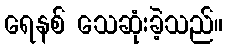
ရေနစ် သေဆုံးခဲ့သည်။